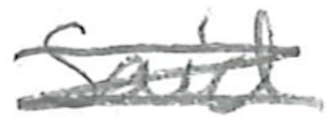
Text: Said
Cross-out: scratch
Writing tool: pencil